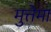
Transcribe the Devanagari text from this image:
मुत्तेमा